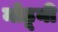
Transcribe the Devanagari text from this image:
मोडूनी